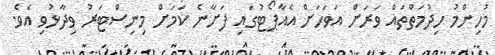
މުހިންމު ހިދުމަތްތައް ވަރަށް އަވަހަށް އެއާޕޯޓުގައި ފަށާނެ ކަމަށް މިނިސްޓަރު ވިދާޅުވި އެވެ.